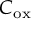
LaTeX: C _ { \mathrm { o x } }